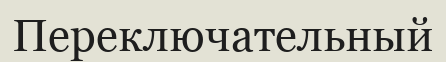
Переключательный